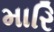
મારિ